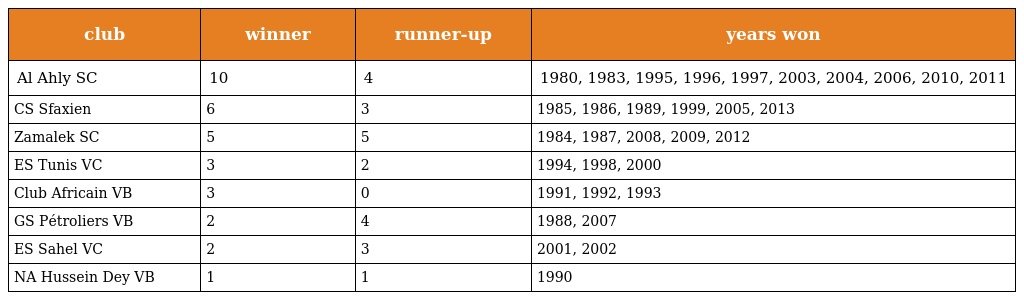
| club | winner | runner-up | years won |
 | --- | --- | --- | --- |
 | Al Ahly SC | 10 | 4 | 1980, 1983, 1995, 1996, 1997, 2003, 2004, 2006, 2010, 2011 |
 | CS Sfaxien | 6 | 3 | 1985, 1986, 1989, 1999, 2005, 2013 |
 | Zamalek SC | 5 | 5 | 1984, 1987, 2008, 2009, 2012 |
 | ES Tunis VC | 3 | 2 | 1994, 1998, 2000 |
 | Club Africain VB | 3 | 0 | 1991, 1992, 1993 |
 | GS Pétroliers VB | 2 | 4 | 1988, 2007 |
 | ES Sahel VC | 2 | 3 | 2001, 2002 |
 | NA Hussein Dey VB | 1 | 1 | 1990 |